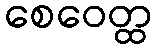
စေဝေတ္ထ